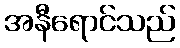
အနီရောင်သည်